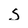
Character: S